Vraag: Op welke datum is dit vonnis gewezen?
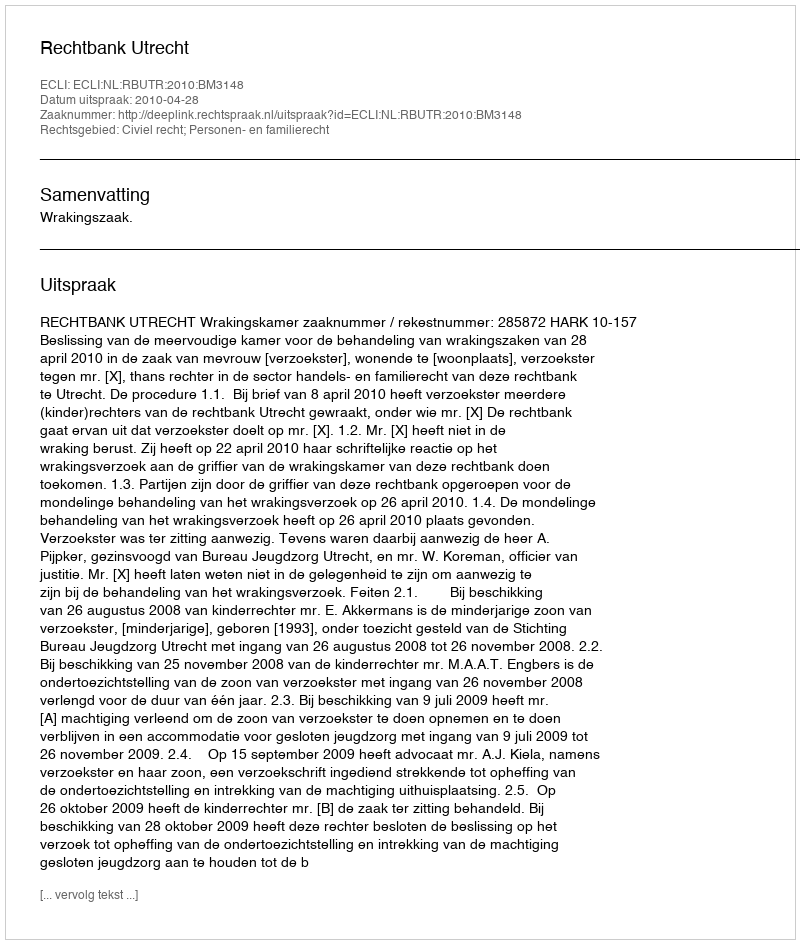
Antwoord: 2010-04-28